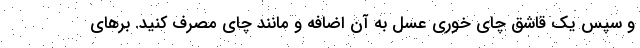
و سپس یک قاشق چای خوری عسل به آن اضافه و مانند چای مصرف کنید. بر‌های